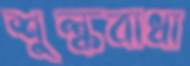
শুল্কবাধা